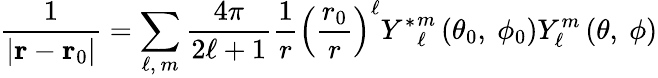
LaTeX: {\frac{1}{\left|\mathbf{r}-\mathbf{r}_{0}\right|}}=\sum_{\ell,\ m}{\frac{4\pi}{2\ell+1}}{\frac{1}{r}}\left({\frac{r_{0}}{r}}\right)^{\ell}{Y^{*}}_{\ell}^{m}\left(\theta_{0},\ \phi_{0}\right)Y_{\ell}^{m}\left(\theta,\ \phi\right)